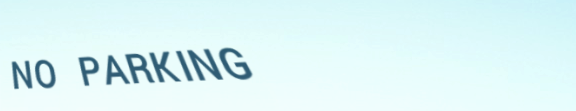
NO PARKING